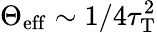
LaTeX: \Theta_{\mathrm{eff}}\sim 1/4\tau_{\mathrm{T}}^{2}